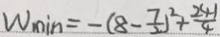
W _ { \min } = - ( 8 - \frac { 7 } { 2 } ) ^ { 2 } + \frac { 2 4 1 } { 4 }